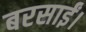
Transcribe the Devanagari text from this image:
बरसाईं।